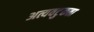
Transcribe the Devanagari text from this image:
अत्यवटुकता